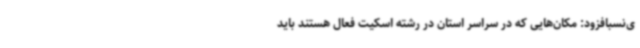
ی‌نسبافزود: مکان‌هایی که در سراسر استان در رشته اسکیت فعال هستند باید